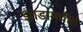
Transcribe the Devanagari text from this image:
झाडांमधील